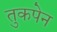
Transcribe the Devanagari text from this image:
तुकपेन